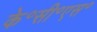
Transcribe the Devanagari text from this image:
के॰सी॰एस॰